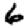
Digit: 6